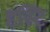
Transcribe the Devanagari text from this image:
दृस्टि